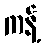
ကန့်